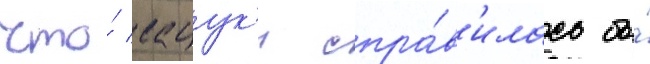
что́ сацук'и спра́в'илась бы́